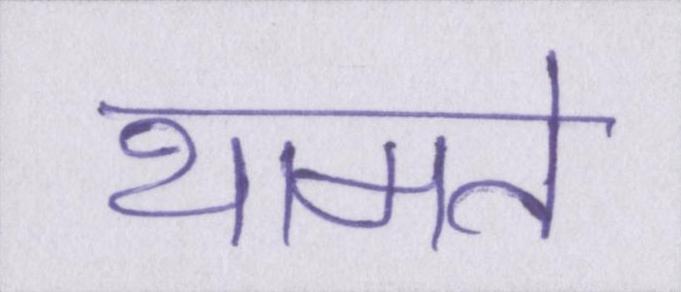
थामते